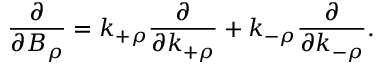
\frac { \partial } { \partial B _ { \rho } } = k _ { + \rho } \frac { \partial } { \partial k _ { + \rho } } + k _ { - \rho } \frac { \partial } { \partial k _ { - \rho } } .